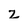
Character: z